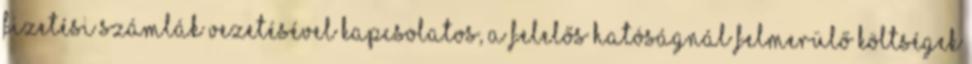
fizetési számlák vezetésével kapcsolatos, a Felelős Hatóságnál felmerülő költségek